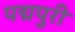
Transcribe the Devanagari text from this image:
पद्मपुरी